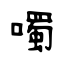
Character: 噣